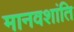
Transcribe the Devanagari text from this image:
मानवशांति